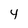
Character: 4